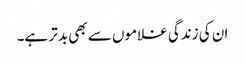
ان کی زندگی غلاموں سے بھی بدتر ہے۔